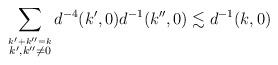
LaTeX: \begin{align*}\sum_{\stackrel{k'+k''=k}{k',k''\not=0}}d^{-4}(k',0)d^{-1}(k'',0)&\lesssim d^{-1}(k,0)\end{align*}